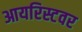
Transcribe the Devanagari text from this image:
आयरिस्टवर